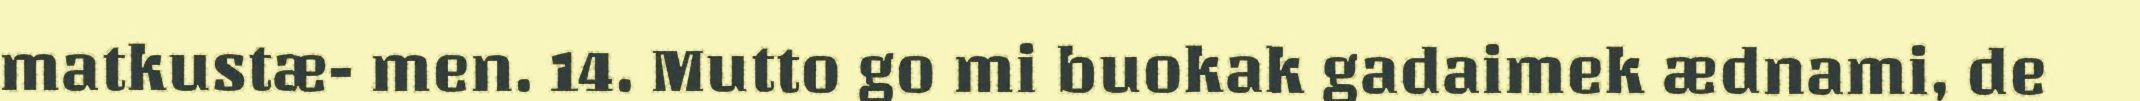
matkustæ- men. 14. Mutto go mi buokak gadaimek ædnami, de